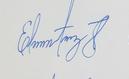
Signature authenticity: genuine